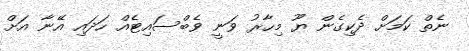
ނެތް ކަމަށް ދެކިގެން ޔޫ މިހާރު ވަނީ ވެބްސައިޓެއް ހަދައި އޭނާ އަށް